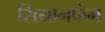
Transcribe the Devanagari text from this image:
सियानफंग